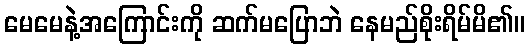
မေမေနဲ့အကြောင်းကို ဆက်မပြောဘဲ နေမည်စိုးရိမ်မိ၏။